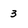
Character: 3